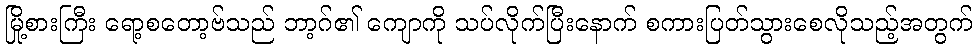
မြို့စားကြီး ရော့စတော့ဗ်သည် ဘာ့ဂ်၏ ကျောကို သပ်လိုက်ပြီးနောက် စကားပြတ်သွားစေလိုသည့်အတွက်